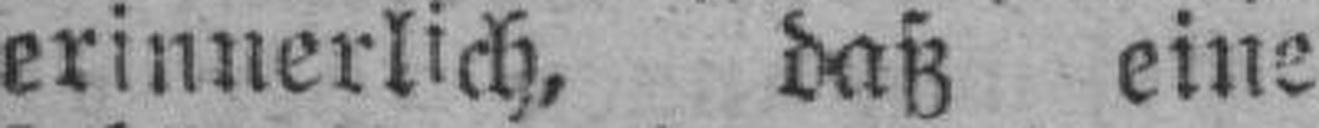
erinnerlich, daß eine